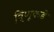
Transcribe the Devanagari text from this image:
वि़्णूकडे